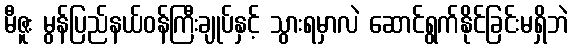
မီဇူး မွန်ပြည်နယ်ဝန်ကြီးချုပ်နှင့် သွားရမှာလဲ ဆောင်ရွက်နိုင်ခြင်းမရှိဘဲ